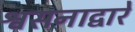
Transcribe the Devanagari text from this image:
श्वसनाद्वारे